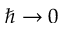
\hbar \rightarrow 0